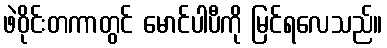
ဖဲဝိုင်းတကာတွင် မောင်ပါပီကို မြင်ရလေသည်။